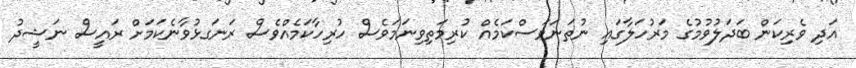
އަދި ވެރިކަން ބަދަލުވުމުގެ މަރުހަލާގައި ނުތަނަވަސްކަމެއް ކުރިމަތިވިނަމަވެސް ހުރިހާކަމެއްވެސް ރަނަގޅުވާނެކަމަށް ރައީސް ނަޝީދު